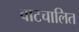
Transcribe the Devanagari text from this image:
वाटचालित